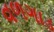
વળગાડ